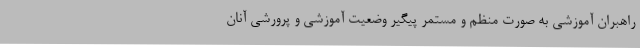
راهبران آموزشی به صورت منظم و مستمر پیگیر وضعیت آموزشی و پرورشی آنان